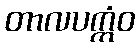
တာလပက္ကံဝ